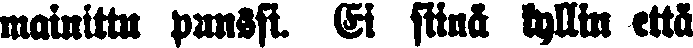
mainittu punssi. Ei siinä kyllin että